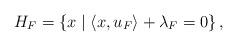
LaTeX: \begin{align*}H_{F} = \left\{x\mid \langle x,u_{F}\rangle +\lambda_{F} =0\right\},\end{align*}